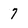
Character: 7